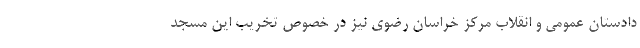
دادستان عمومی و انقلاب مرکز خراسان رضوی نیز در خصوص تخریب این مسجد